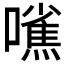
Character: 𱕘